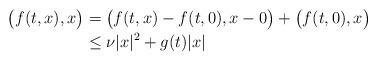
LaTeX: \begin{align*} \big( f(t,x) , x \big) &= \big( f(t,x) - f(t,0) , x - 0 \big) + \big( f(t,0) , x \big)\\ &\le \nu |x|^2 + g(t) |x| \end{align*}